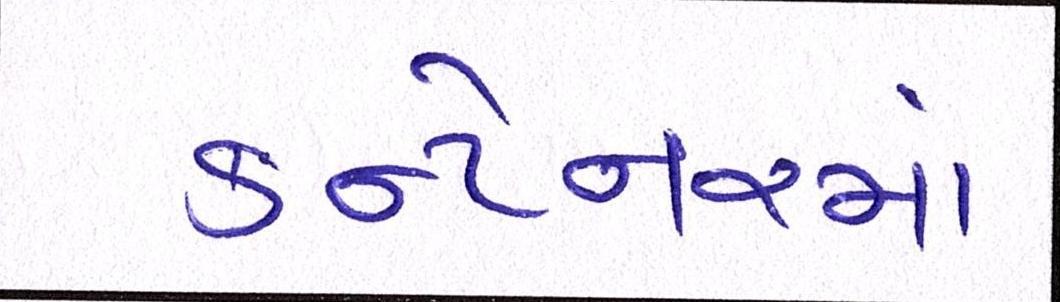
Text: કન્ટેનરમાં